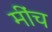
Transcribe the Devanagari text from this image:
मींच